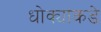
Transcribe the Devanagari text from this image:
धोक्यांकडे